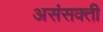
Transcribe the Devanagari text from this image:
असंसक्ती